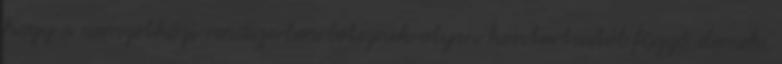
hogy a nemzetközi rendszerben léteznek olyan kontextustól függő elemek,